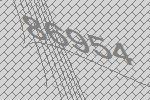
86954